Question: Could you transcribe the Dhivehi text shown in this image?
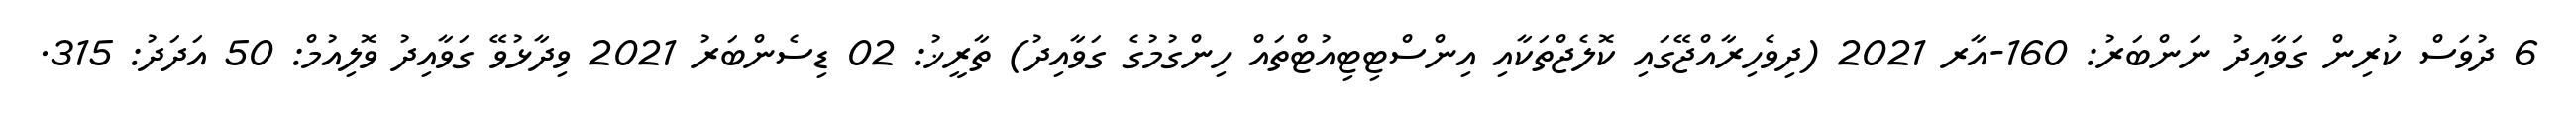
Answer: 6 ދުވަސް ކުރިން ގަވާއިދު ނަންބަރު: 160-އާރ 2021 (ދިވެހިރާއްޖޭގައި ކޮލެޖްތަކާއި އިންސްޓިޓިއުޓްތައް ހިންގުމުގެ ގަވާއިދު) ތާރީޚު: 02 ޑިސެންބަރު 2021 ވިދާޅުވޭ ގަވާއިދު ވޮލިއުމް: 50 އަދަދު: 315.